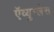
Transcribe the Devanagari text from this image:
ऍव्युग्लेस